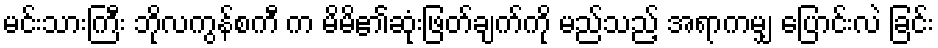
မင်းသားကြီး ဘိုလကွန်စကီ က မိမိ၏ဆုံးဖြတ်ချက်ကို မည်သည့် အရာကမျှ ပြောင်းလဲ ခြင်း